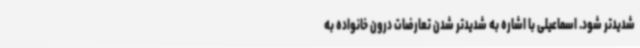
شدیدتر شود. اسماعیلی با اشاره به شدیدتر شدن تعارضات درون خانواده به